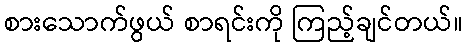
စားသောက်ဖွယ် စာရင်းကို ကြည့်ချင်တယ်။